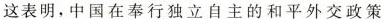
这表明，中国在奉行独立自主的和平外交政策